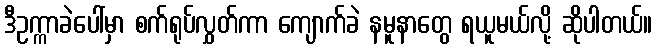
ဒီဥက္ကာခဲပေါ်မှာ စက်ရုပ်လွှတ်ကာ ကျောက်ခဲ နမူနာတွေ ရယူမယ်လို့ ဆိုပါတယ်။